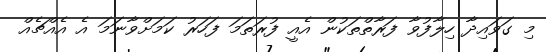
މި ގަވައިދާ ހިލާފުވާ ފަރާތްތަކުން އެއީ ފުރަތަމަ ފަހަރު ކަމަށްވާނަމަ އެ އެއްޗެއް